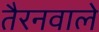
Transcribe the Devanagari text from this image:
तैरनवाले